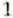
1